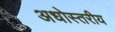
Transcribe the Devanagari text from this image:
अधोस्तरीय